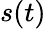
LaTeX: s(t)